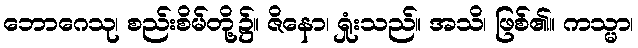
ဘောဂေသု၊ စည်းစိမ်တို့၌။ ဇိနော၊ ရှုံးသည်။ အသိ၊ ဖြစ်၏။ ကသ္မာ၊